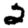
Digit: 2